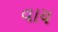
વાય